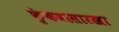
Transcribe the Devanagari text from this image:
कुंकवासारखा